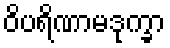
ဝိပရိဏာမဒုက္ခာ